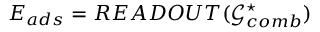
E _ { a d s } = R E A D O U T ( \mathcal { G } _ { c o m b } ^ { \star } )